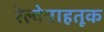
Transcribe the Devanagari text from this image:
रेल्वेवाहतूक